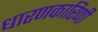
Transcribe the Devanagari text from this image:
धारणकारिणी